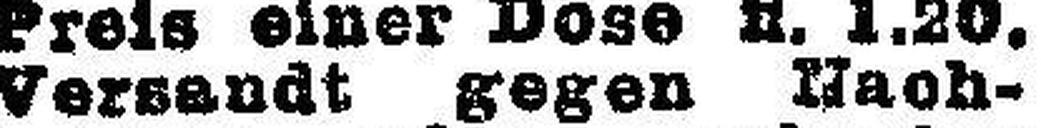
Versandt gegen Nach¬